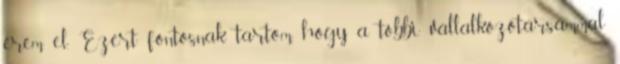
érem el. Ezért fontosnak tartom, hogy a többi vállalkozótársammal